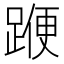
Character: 𨂯